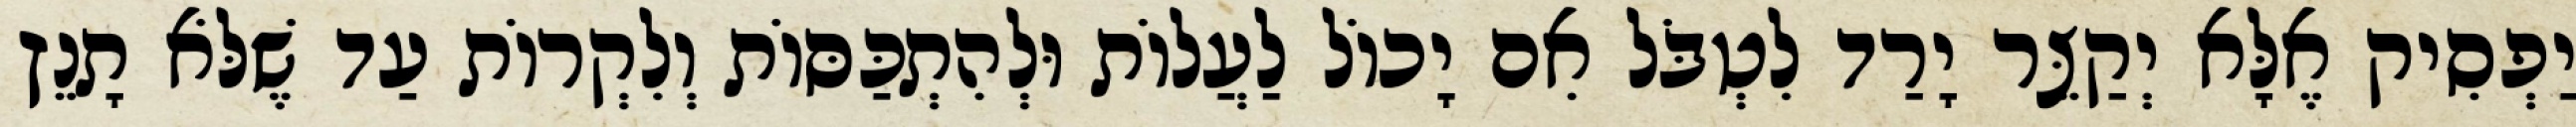
יַפְסִיק אֶלָּא יְקַצֵּר יָרַד לִטְבֹּל אִם יָכוֹל לַעֲלוֹת וּלְהִתְכַּסּוֹת וְלִקְרוֹת עַד שֶׁלֹּא תָנֵץ